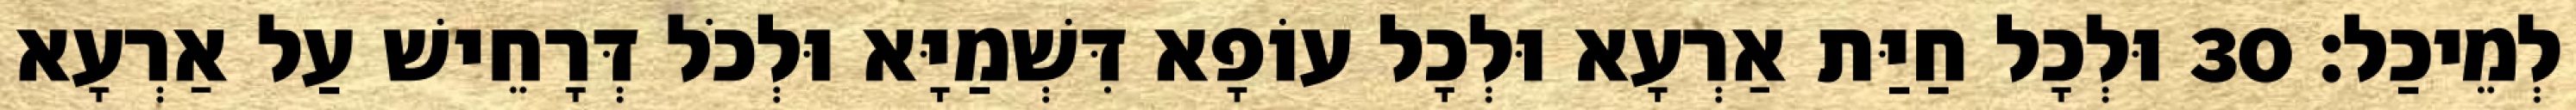
לְמֵיכַל׃ 30 וּלְכָל חַיַּת אַרְעָא וּלְכָל עוֹפָא דִּשְׁמַיָּא וּלְכֹל דְּרָחֵישׁ עַל אַרְעָא